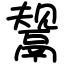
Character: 鬶